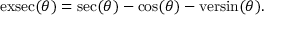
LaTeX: \operatorname { e x s e c } ( \theta ) = \sec ( \theta ) - \cos ( \theta ) - \operatorname { v e r s i n } ( \theta ) .